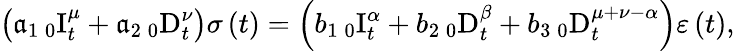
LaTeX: \left(\mathfrak{a}_{1}\, _{0}\mathrm{{I}}_{t}^{\mu}+\mathfrak{a}_{2}\, _{0}\mathrm{{D}}_{t}^{\nu}\right)\sigma\left(t\right)=\left(b_{1}\, _{0}\mathrm{{I}}_{t}^{\alpha}+b_{2}\, _{0}\mathrm{{D}}_{t}^{\beta}+b_{3}\, _{0}\mathrm{{D}}_{t}^{\mu+\nu-\alpha}\right)\varepsilon\left(t\right),